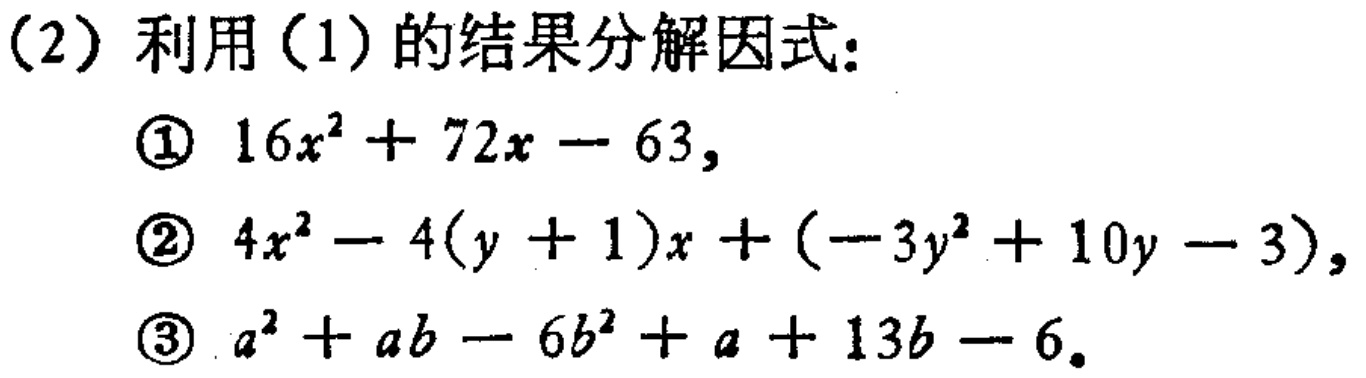
(2) 利用 (1) 的结果分解因式：

\textcircled{1} \(16x^{2}+72x - 63\)，

\textcircled{2} \(4x^{2}-4(y + 1)x+(-3y^{2}+10y - 3)\)，

\textcircled{3} \(a^{2}+ab - 6b^{2}+a + 13b - 6\)。